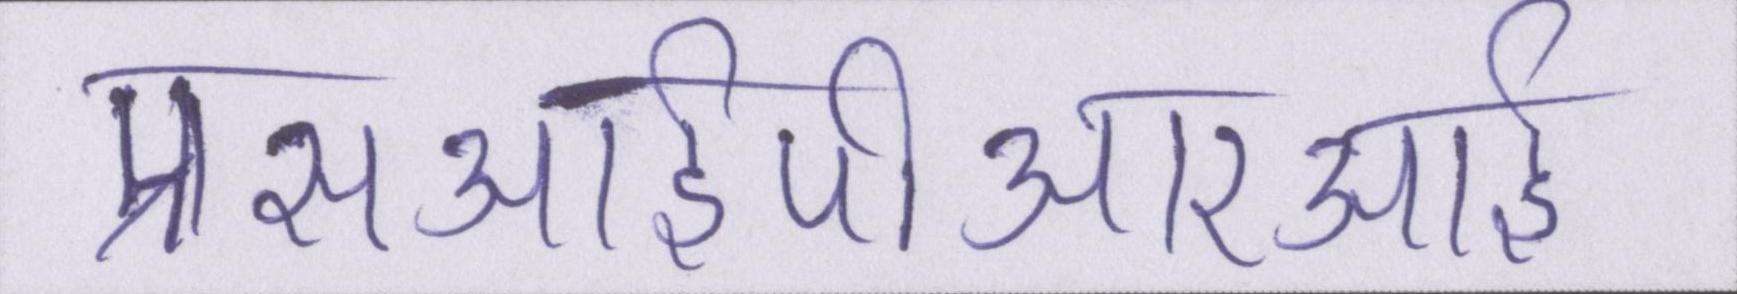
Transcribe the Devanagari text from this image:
एसआईपीआरआई